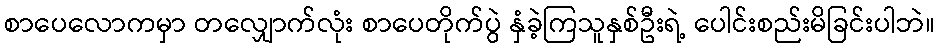
စာပေလောကမှာ တလျှောက်လုံး စာပေတိုက်ပွဲ နှံခဲ့ကြသူနှစ်ဦးရဲ့ ပေါင်းစည်းမိခြင်းပါဘဲ။